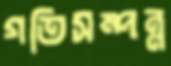
গতিসম্পন্ন